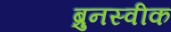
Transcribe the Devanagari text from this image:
ब्रुनस्वीक